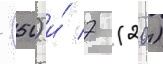
(50) и́ 7 (20)